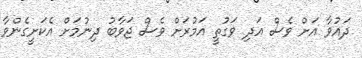
ދައުވާ އަށް ވެސް އަދި ވަގުތީ އަމުރަށް ވެސް ޖަވާބު ދިނުމަށް އެކަށީގެންވާ